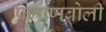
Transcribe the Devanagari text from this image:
प्रमाणबोली